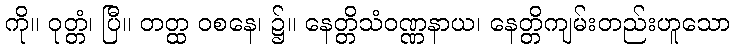
ကို။ ဝုတ္တံ၊ ပြီ။ တတ္ထ ဝစနေ၊ ၌။ နေတ္တိသံဝဏ္ဏနာယ၊ နေတ္တိကျမ်းတည်းဟူသော